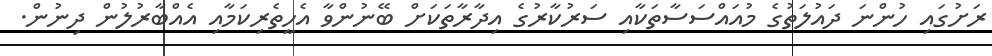
ރަށުގައި ހުންނަ ދައުލަތުގެ މުއައްސަސާތަކާއި ސަރުކާރުގެ އިދާރާތަކަށް ބޭނުންވާ އެހީތެރިކަމާއި އެއްބާރުލުން ދިނުން.